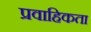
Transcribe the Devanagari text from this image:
प्रवाहिकता